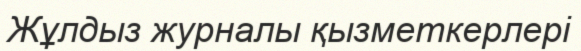
Жұлдыз журналы қызметкерлері